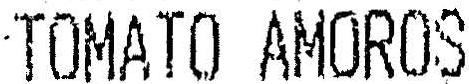
TOMATO AMOROS